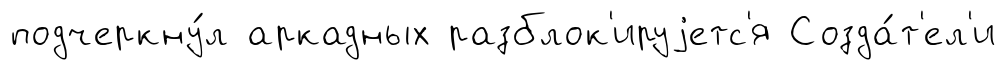
подчеркну́л аркадных разблок'ируjетс'я Созда́т'ел'и